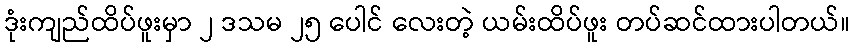
ဒုံးကျည်ထိပ်ဖူးမှာ ၂ ဒသမ ၂၅ ပေါင် လေးတဲ့ ယမ်းထိပ်ဖူး တပ်ဆင်ထားပါတယ်။